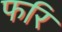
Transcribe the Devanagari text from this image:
फरि